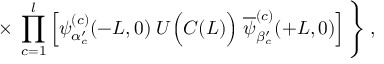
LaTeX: \times \; \prod _ { c = 1 } ^ { l } \left[ \psi _ { \alpha _ { c } ^ { \prime } } ^ { ( c ) } ( - L , 0 ) \; U \Big ( { \cal C } ( L ) \Big ) \; \overline { { { \psi } } } _ { \beta _ { c } ^ { \prime } } ^ { ( c ) } ( + L , 0 ) \right] \Bigg \} \; ,